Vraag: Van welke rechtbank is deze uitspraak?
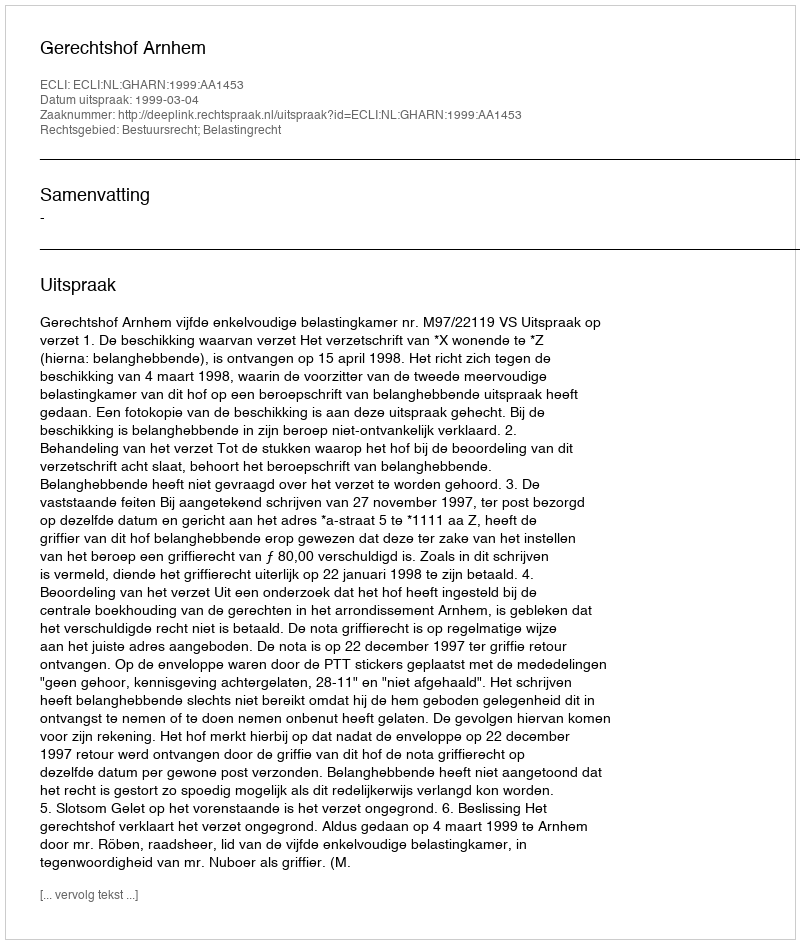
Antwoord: Gerechtshof Arnhem